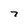
Character: 7